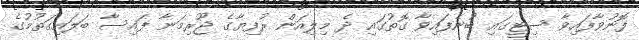
ފޮނުވާފައިވާ ސިޓީގައި ބުނެފައިވާ ގޮތުގައި ދެ މިލިއަން ރުފިޔާގެ ޖޫރިމަނާ ފައިސާ ބަލައިގަތުމުގެ